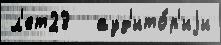
л'ет23   ауд'ито́р'иjи